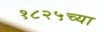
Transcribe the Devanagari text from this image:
१८२५च्या